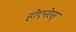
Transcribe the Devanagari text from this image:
होएनेस्स्